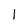
Character: 1